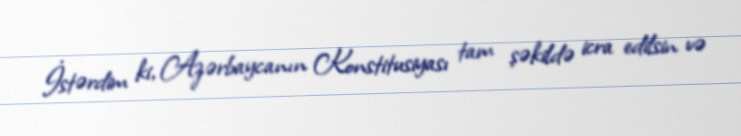
İstərdim ki, Azərbaycanın Konstitusiyası tam şəkildə icra edilsin və